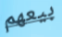
بيعهم